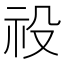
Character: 祋